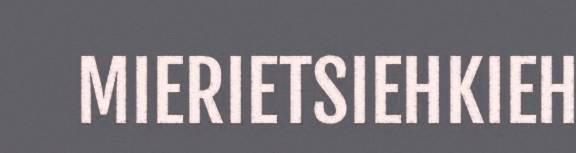
MIERIETSIEHKIEH